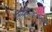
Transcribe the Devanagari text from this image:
ग्लायकोजेनमध्ये